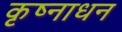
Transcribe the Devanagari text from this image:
कृष्नाधन